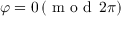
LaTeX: \varphi = 0 \, ( { \textrm { m o d } } \, 2 \pi )